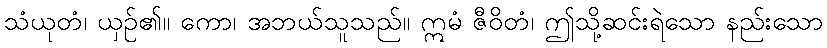
သံယုတံ၊ ယှဉ်၏။ ကော၊ အဘယ်သူသည်။ ဣမံ ဇီဝိတံ၊ ဤသို့ဆင်းရဲသော နည်းသော